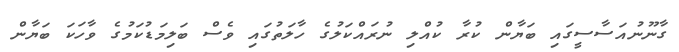
ގާނޫނުއަސާސީގައި ބަޔާން ކުރާ ކުއްލި ނުރައްކަލުގެ ހާލަތުގައި ވެސް ބަލިމަޑުކަމުގެ ވާހަކަ ބަޔާން